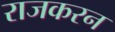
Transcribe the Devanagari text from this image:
राजकरन